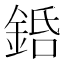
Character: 銽